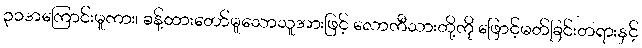
၃၁အကြောင်းမူကား၊ ခန့်ထားတော်မူသောသူအားဖြင့် လောကီသားတို့ကို ဖြောင့်မတ်ခြင်းတရားနှင့်